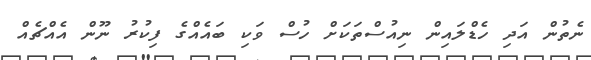
ނެތުން އަދި ހެޑްލައިން ނިއުސްތަކަށް ހުސް ވަކި ބައެއްގެ ފިކުރު ނޫން އެއްޗެއް